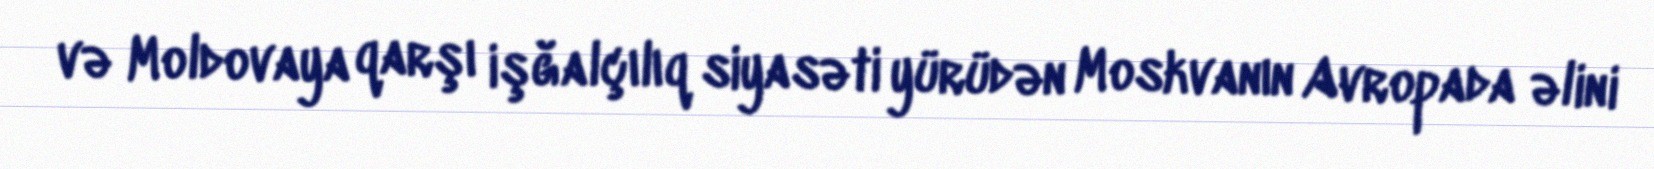
və Moldovaya qarşı işğalçılıq siyasəti yürüdən Moskvanın Avropada əlini